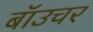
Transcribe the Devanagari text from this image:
बॉउचर